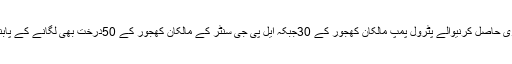
نقشہ منظوری حاصل کرنیوالے پٹرول پمپ مالکان کھجور کے 30جبکہ ایل پی جی سنٹر کے مالکان کھجور کے 50درخت بھی لگانے کے پابند ہوں گے ۔